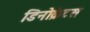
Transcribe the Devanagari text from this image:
डिनोक्रेटस